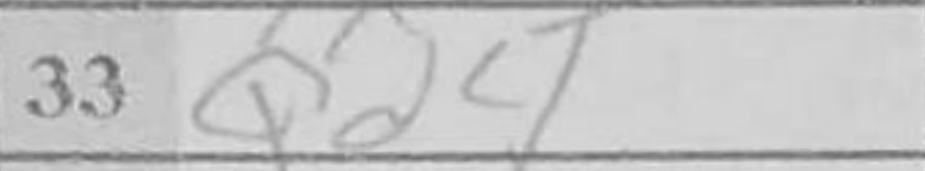
Transcription: Qd4